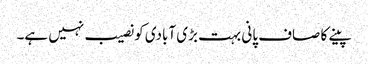
پینے کا صاف پانی بہت بڑی آبادی کو نصیب نہیں ہے۔